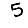
Digit: 5